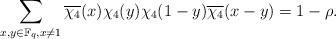
LaTeX: \begin{align*}\sum\limits_{x,y\in\mathbb{F}_q, x\neq 1}\overline{\chi_4}(x)\chi_4(y)\chi_4(1-y)\overline{\chi_4}(x-y)=1-\rho.\end{align*}